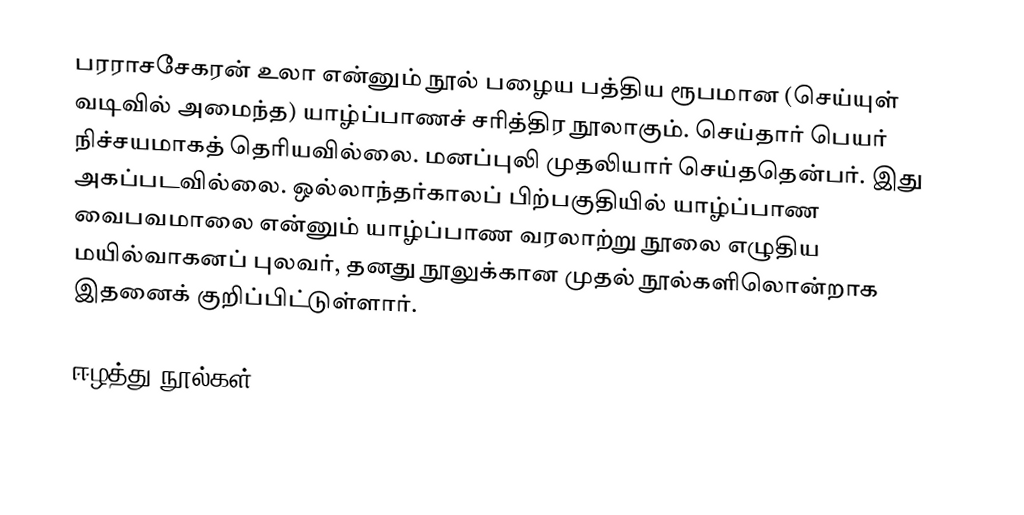
பரராசசேகரன் உலா என்னும் நூல் பழைய பத்திய ரூபமான (செய்யுள் வடிவில் அமைந்த) யாழ்ப்பாணச் சரித்திர நூலாகும். செய்தார் பெயர் நிச்சயமாகத் தெரியவில்லை. மனப்புலி முதலியார் செய்ததென்பர். இது அகப்படவில்லை. ஒல்லாந்தர்காலப் பிற்பகுதியில் யாழ்ப்பாண வைபவமாலை என்னும் யாழ்ப்பாண வரலாற்று நூலை எழுதிய மயில்வாகனப் புலவர், தனது நூலுக்கான முதல் நூல்களிலொன்றாக இதனைக் குறிப்பிட்டுள்ளார்.

ஈழத்து நூல்கள்